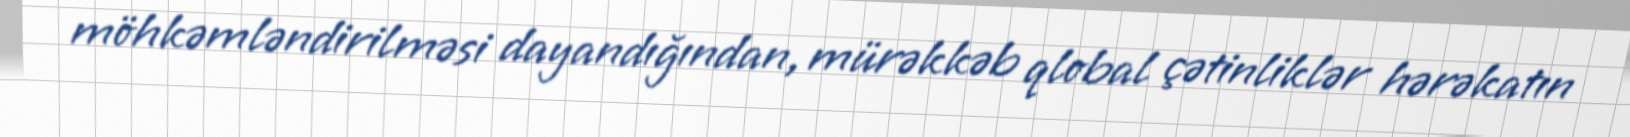
möhkəmləndirilməsi dayandığından, mürəkkəb qlobal çətinliklər hərəkatın